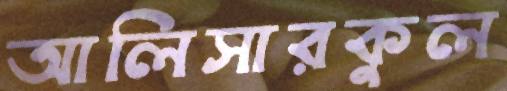
আলিসারকুল